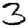
Digit: 3